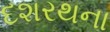
દશરથના